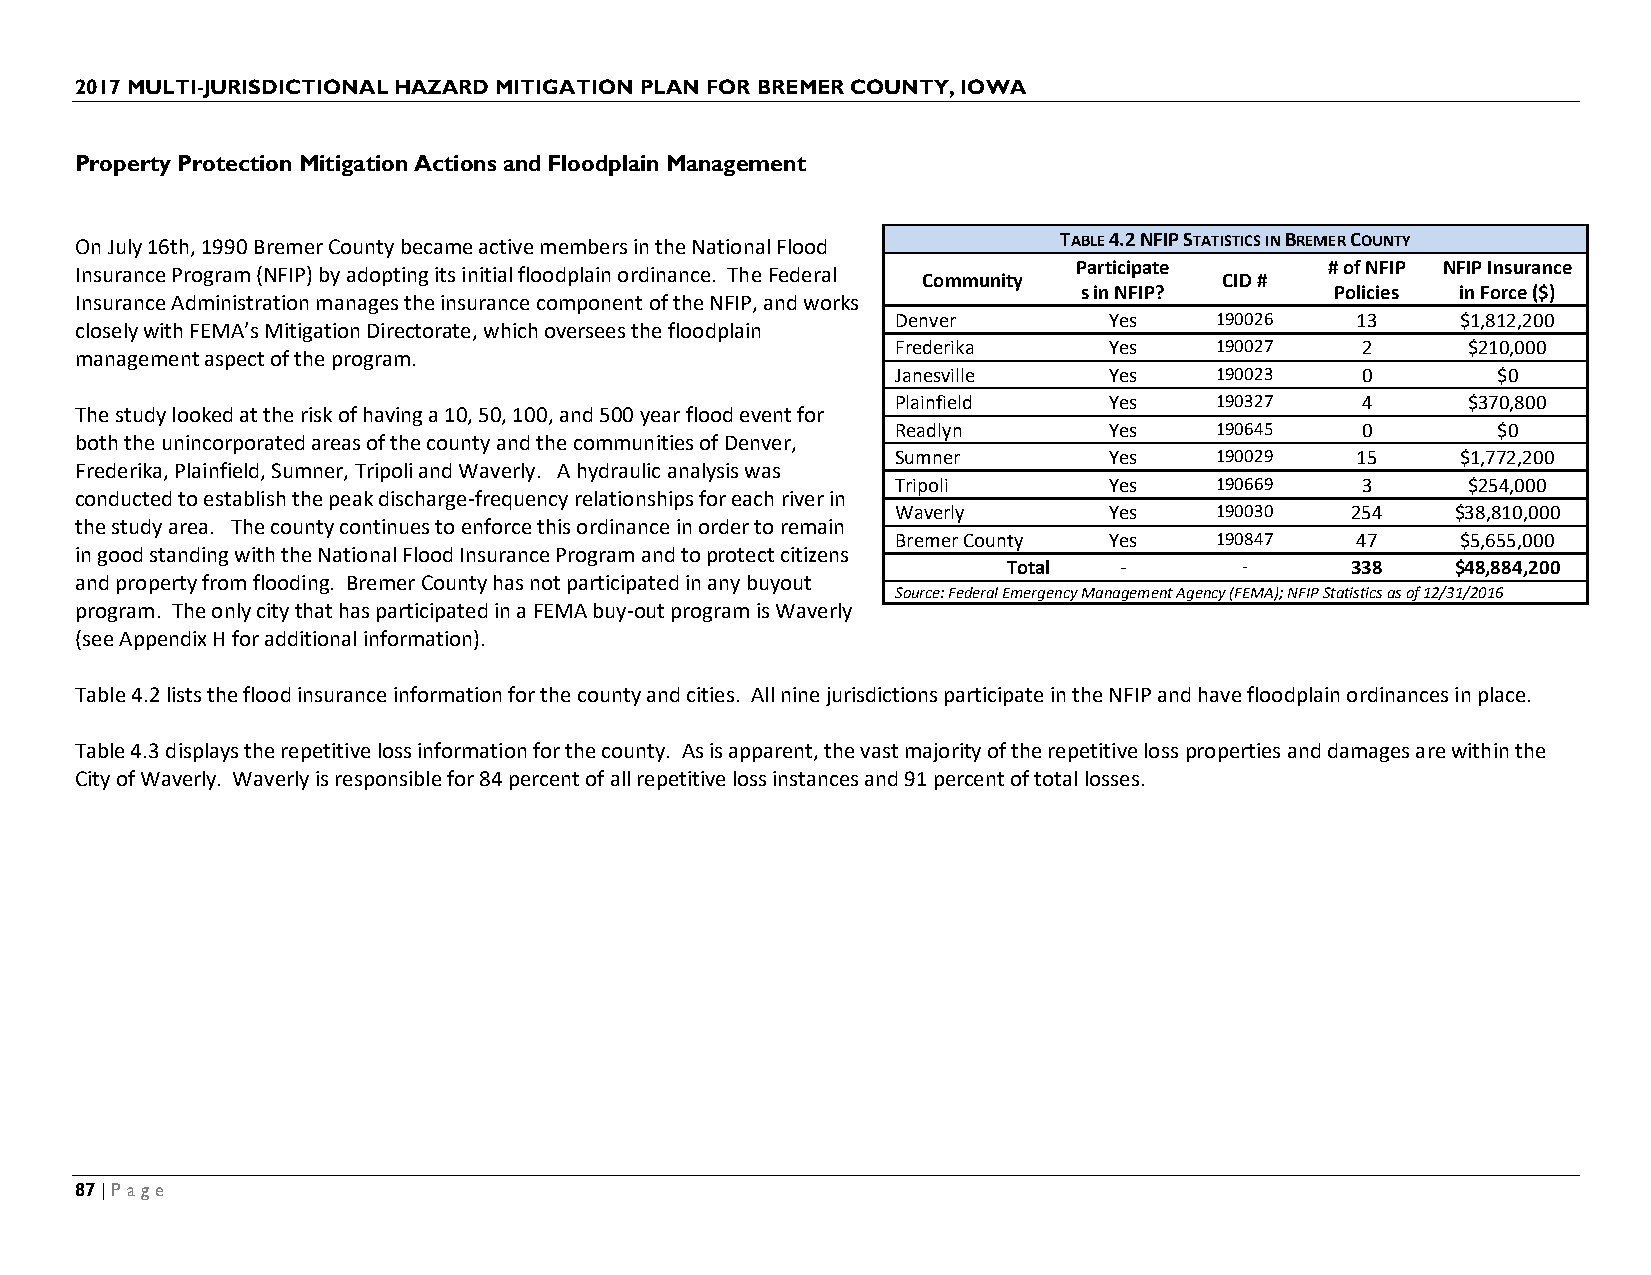
2017 MULTI-JURISDICTIONAL HAZARD MITIGATION PLAN FOR BREMER COUNTY, IOWA
 Property Protection Mitigation Actions and Floodplain Management
 On July 16th, 1990 Bremer County became active members in the National Flood TABLE 4.2 NFIP STATISTICS IN BREMER COUNTY
 Participate      # of NFIP NFIP Insurance
 Insurance Program (NFIP) by adopting its initial floodplain ordinance. The Federal Community CID #
 s in NFIP?      Policies in Force ($)
 Insurance Administration manages the insurance component of the NFIP, and works
 Denver        Yes    190026    13     $1,812,200
 closely with FEMA’s Mitigation Directorate, which oversees the floodplain
 Frederika     Yes    190027    2      $210,000
 management aspect of the program.
 Janesville    Yes    190023    0        $0
 Plainfield    Yes    190327    4      $370,800
 The study looked at the risk of having a 10, 50, 100, and 500 year flood event for
 Readlyn       Yes    190645    0        $0
 both the unincorporated areas of the county and the communities of Denver,
 Sumner        Yes    190029    15     $1,772,200
 Frederika, Plainfield, Sumner, Tripoli and Waverly. A hydraulic analysis was
 Tripoli       Yes    190669    3      $254,000
 conducted to establish the peak discharge-frequency relationships for each river in
 Waverly       Yes    190030   254    $38,810,000
 the study area. The county continues to enforce this ordinance in order to remain
 Bremer County Yes    190847    47     $5,655,000
 in good standing with the National Flood Insurance Program and to protect citizens
 Total  -       -      338    $48,884,200
 and property from flooding. Bremer County has not participated in any buyout
 Source: Federal Emergency Management Agency (FEMA); NFIP Statistics as of 12/31/2016
 program. The only city that has participated in a FEMA buy-out program is Waverly
 (see Appendix H for additional information).
 Table 4.2 lists the flood insurance information for the county and cities. All nine jurisdictions participate in the NFIP and have floodplain ordinances in place.
 Table 4.3 displays the repetitive loss information for the county. As is apparent, the vast majority of the repetitive loss properties and damages are within the
 City of Waverly. Waverly is responsible for 84 percent of all repetitive loss instances and 91 percent of total losses.
 87 | Page